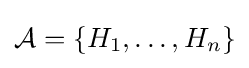
{\mathcal {A}}=\{H_{1},\ldots ,H_{n}\}